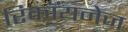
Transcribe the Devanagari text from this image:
रिकॉयनेज